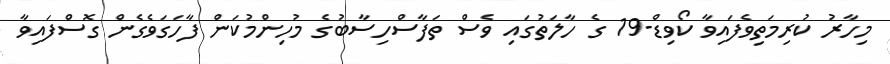
މިހާރު ކުރިމަތިވެފައިވާ ކޯވިޑް-19 ގެ ހާލަތުގައި ވެސް ތަފާސްހިސާބުގެ މުހިންމުކަން ފާހަގަވެގެން ގޮސްފައިވާ